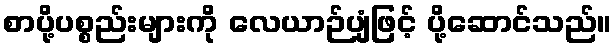
စာပို့ပစ္စည်းများကို လေယာဉ်ပျံဖြင့် ပို့ဆောင်သည်။